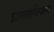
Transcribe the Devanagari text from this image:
प्रास्ताविकम